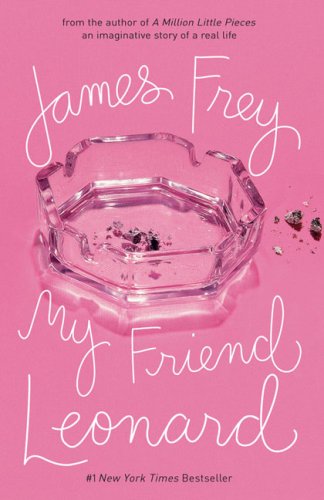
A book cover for My Friend Leonard; James Frey; Biographies & Memoirs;